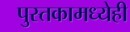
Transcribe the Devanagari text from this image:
पुस्तकामध्येही